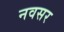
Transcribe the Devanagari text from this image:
नवसर